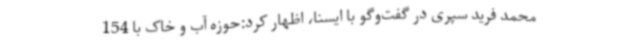
محمد فرید سپری در گفت‌وگو با ایسنا، اظهار کرد:حوزه آب و خاک با 154